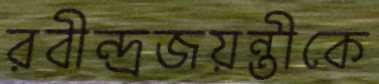
রবীন্দ্রজয়ন্তীকে